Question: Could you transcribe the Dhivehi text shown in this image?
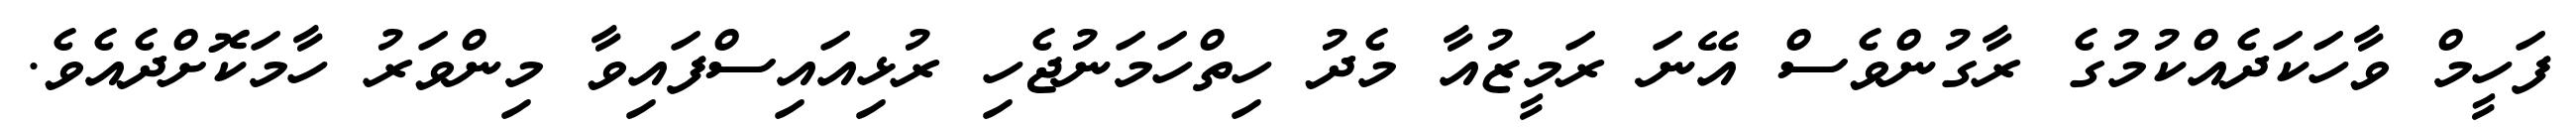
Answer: ފަހީމް ވާހަކަދެއްކުމުގެ ރާގުންވެސް އޭނަ ރަމީޒުއާ މެދު ހިތްހަމަނުޖެހި ރުޅިއައިސްފައިވާ މިންވަރު ހާމަކޮށްދެއެވެ.